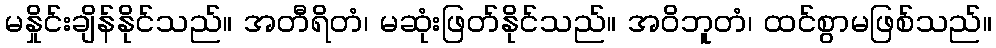
မနှိုင်းချိန်နိုင်သည်။ အတီရိတံ၊ မဆုံးဖြတ်နိုင်သည်။ အဝိဘူတံ၊ ထင်စွာမဖြစ်သည်။